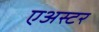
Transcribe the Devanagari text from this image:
एअस्टर